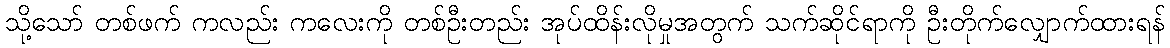
သို့သော် တစ်ဖက် ကလည်း ကလေးကို တစ်ဦးတည်း အုပ်ထိန်းလိုမှုအတွက် သက်ဆိုင်ရာကို ဦးတိုက်လျှောက်ထားရန်